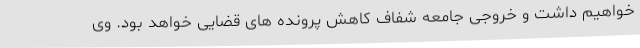
خواهیم داشت و خروجی جامعه شفاف کاهش پرونده های قضایی خواهد بود. وی